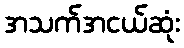
အသက်အငယ်ဆုံး